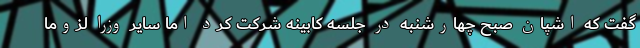
گفت که اشپان صبح چهارشنبه در جلسه کابینه شرکت کرد اما سایر وزرا لزوما